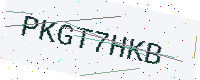
Text: PKGT7HKB